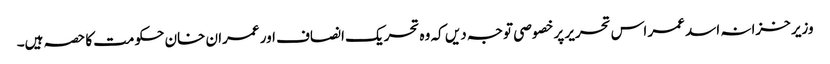
وزیر خزانہ اسد عمر اس تحریر پر خصوصی توجہ دیں کہ وہ تحریک انصاف اور عمران خان حکومت کا حصہ ہیں۔